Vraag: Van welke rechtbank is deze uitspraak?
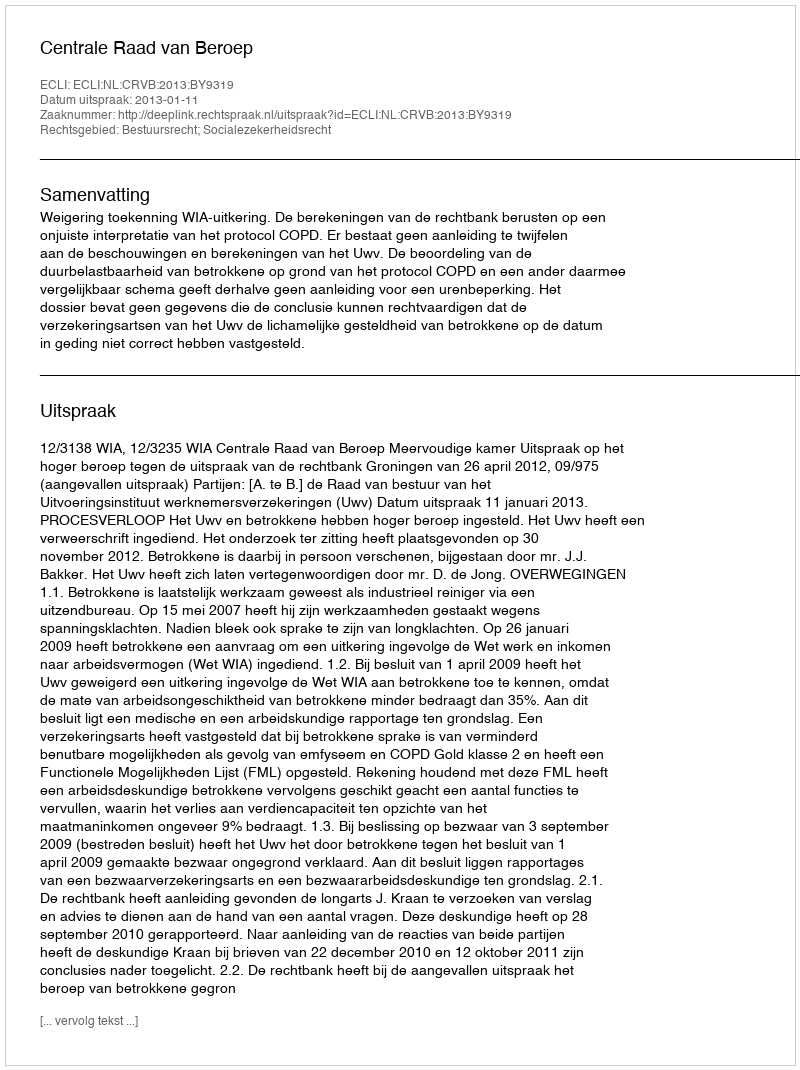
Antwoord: Centrale Raad van Beroep